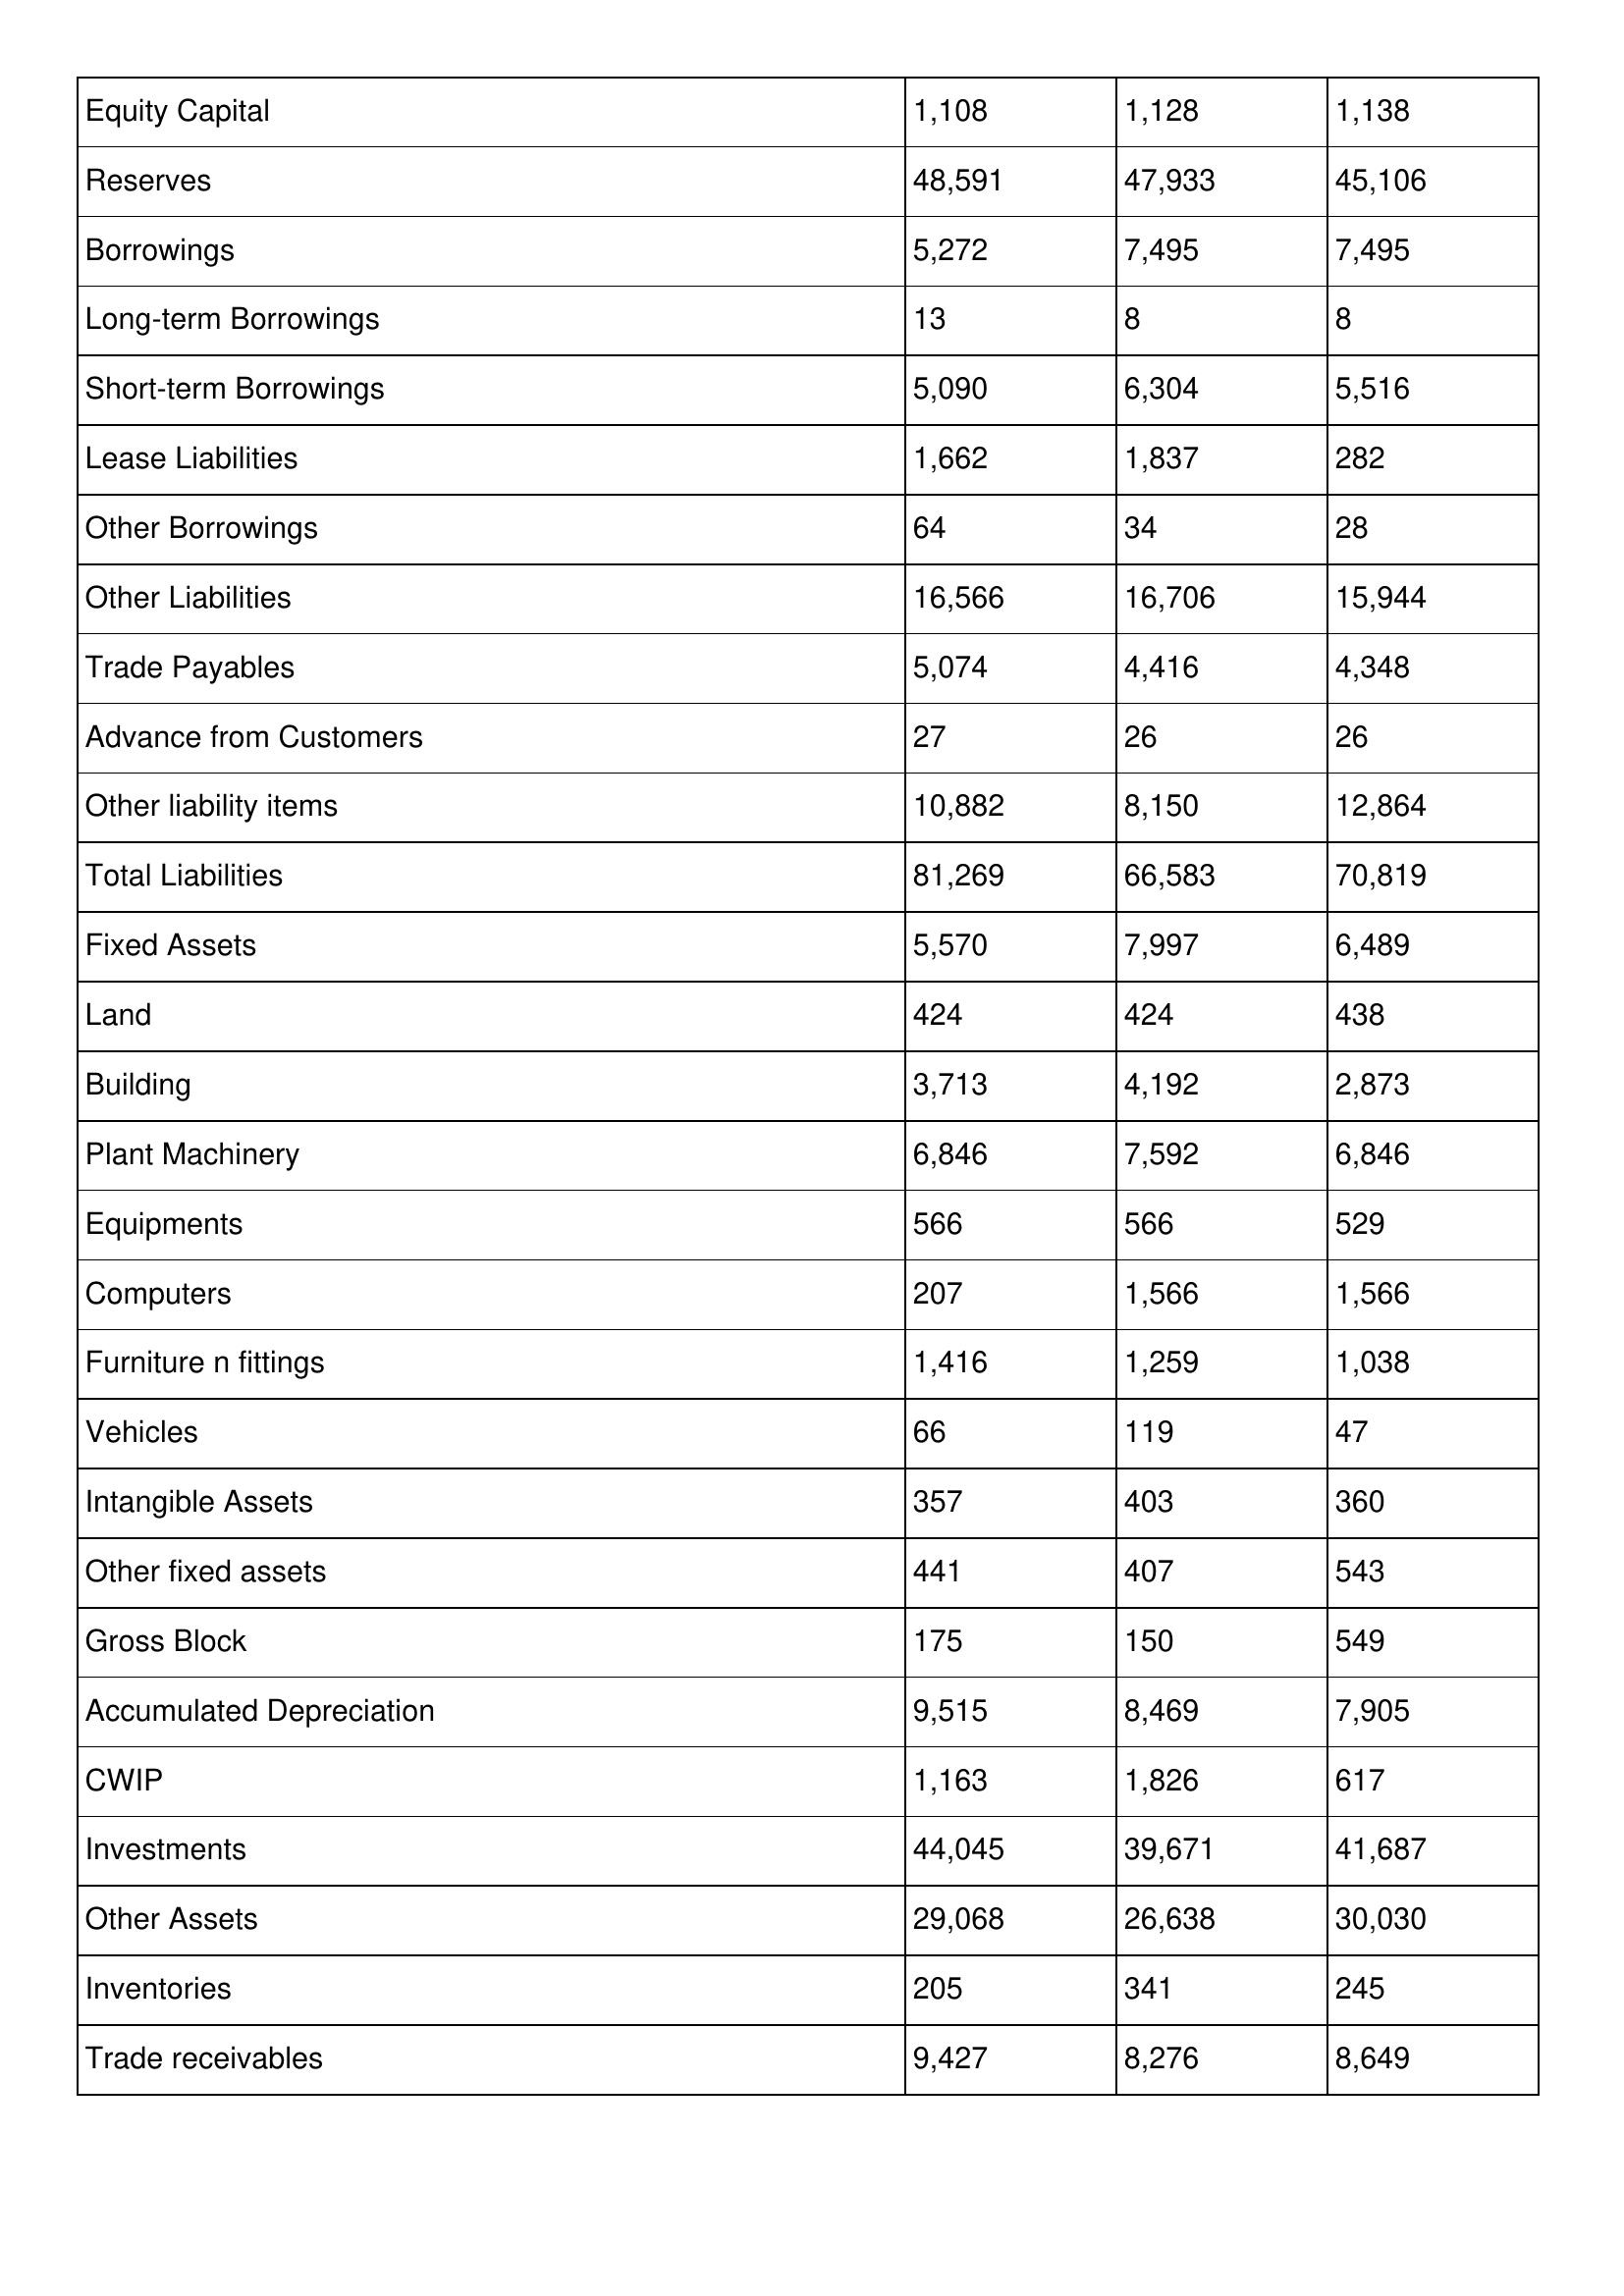
gt_parse: 1992: Balance Sheet: Equity Capital: 1,108
Reserves: 48,591
Borrowings: 5,272
Long-term Borrowings: 13
Short-term Borrowings: 5,090
Lease Liabilities: 1,662
Other Borrowings: 64
Other Liabilities: 16,566
Trade Payables: 5,074
Advance from Customers: 27
Other liability items: 10,882
Total Liabilities: 81,269
Fixed Assets: 5,570
Land: 424
Building: 3,713
Plant Machinery: 6,846
Equipments: 566
Computers: 207
Furniture n fittings: 1,416
Vehicles: 66
Intangible Assets: 357
Other fixed assets: 441
Gross Block: 175
Accumulated Depreciation: 9,515
CWIP: 1,163
Investments: 44,045
Other Assets: 29,068
Inventories: 205
Trade receivables: 9,427
1991: Balance Sheet: Equity Capital: 1,128
Reserves: 47,933
Borrowings: 7,495
Long-term Borrowings: 8
Short-term Borrowings: 6,304
Lease Liabilities: 1,837
Other Borrowings: 34
Other Liabilities: 16,706
Trade Payables: 4,416
Advance from Customers: 26
Other liability items: 8,150
Total Liabilities: 66,583
Fixed Assets: 7,997
Land: 424
Building: 4,192
Plant Machinery: 7,592
Equipments: 566
Computers: 1,566
Furniture n fittings: 1,259
Vehicles: 119
Intangible Assets: 403
Other fixed assets: 407
Gross Block: 150
Accumulated Depreciation: 8,469
CWIP: 1,826
Investments: 39,671
Other Assets: 26,638
Inventories: 341
Trade receivables: 8,276
1990: Balance Sheet: Equity Capital: 1,138
Reserves: 45,106
Borrowings: 7,495
Long-term Borrowings: 8
Short-term Borrowings: 5,516
Lease Liabilities: 282
Other Borrowings: 28
Other Liabilities: 15,944
Trade Payables: 4,348
Advance from Customers: 26
Other liability items: 12,864
Total Liabilities: 70,819
Fixed Assets: 6,489
Land: 438
Building: 2,873
Plant Machinery: 6,846
Equipments: 529
Computers: 1,566
Furniture n fittings: 1,038
Vehicles: 47
Intangible Assets: 360
Other fixed assets: 543
Gross Block: 549
Accumulated Depreciation: 7,905
CWIP: 617
Investments: 41,687
Other Assets: 30,030
Inventories: 245
Trade receivables: 8,649